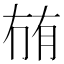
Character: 𭁬